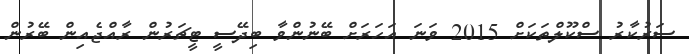
ސަރުކާރު ސްކޫލްތަކަށް 2015 ވަނަ އަހަރަށް ބޭނުންވާ ބިދޭސީ ޓީޗަރުން ރާއްޖެއިން ބޭރުން